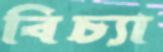
বিচ্যা